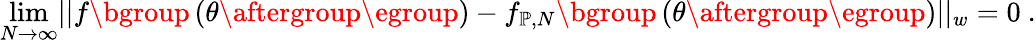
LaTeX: \operatorname*{lim}_{N\rightarrow\infty}\lvert\lvert f\mathopen{}\mathclose\bgroup\left(\theta\aftergroup\egroup\right)-f_{\mathbb{P},N}\mathopen{}\mathclose\bgroup\left(\theta\aftergroup\egroup\right)\rvert\rvert_{w}=0~.